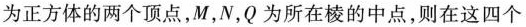
为正方体的两个顶点，M，N，Q为所在棱的中点，则在这四个